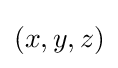
\left(x,y,z\right)